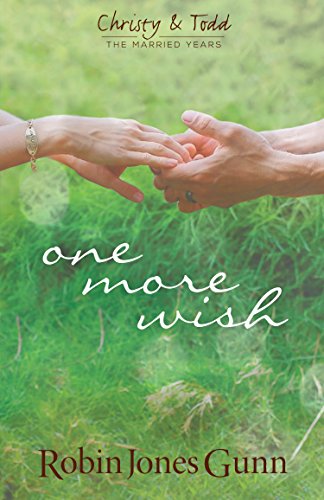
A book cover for One More Wish (Christy & Todd: the Married Years); Robin Jones Gunn; Romance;